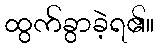
ထွက်ခွာခဲ့ရ၏။